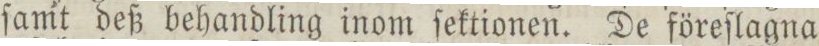
ſamt deß behandling inom ſektionen. De föreſlagna